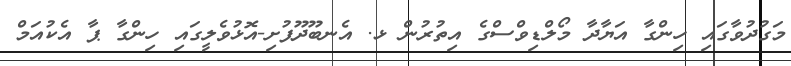
މަގުދުވާގައި ހިންގާ އަޔާދާ މޯލްޑިވްސްގެ އިތުރުން ޅ. އެނބޫދޫފުށި-އޮޅުވެލީގައި ހިންގާ ޕާ އެކުއަމް